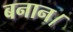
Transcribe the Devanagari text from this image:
बनान।